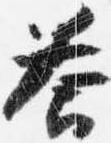
答